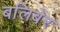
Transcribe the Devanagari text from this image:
बलिबेर